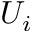
U _ { i }